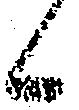
候